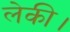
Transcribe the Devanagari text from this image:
लेकी।